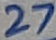
Text: 27